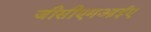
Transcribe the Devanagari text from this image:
जीसीएमआईए